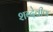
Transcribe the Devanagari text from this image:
शब्देवीण